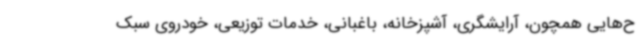
ح‌هایی همچون، آرایشگری، آشپزخانه، باغبانی، خدمات توزیعی، خودروی سبک